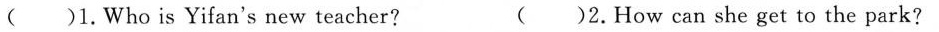
( )1.Who is Yifan's new teacher? ( )2.How can she get to the park?